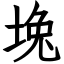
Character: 堍